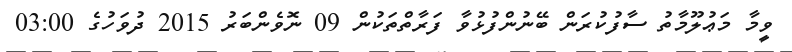
ވީމާ މަޢުލޫމާތު ސާފުކުރަން ބޭނުންފުޅުވާ ފަރާތްތަކުން 09 ނޮވެންބަރު 2015 ދުވަހުގެ 03:00